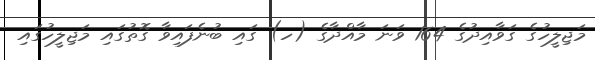
މަޖިލީހުގެ ގަވާއިދުގެ 164 ވަނަ މާއްދާގެ (ހ) ގައި ބުނެފައިވާ ގޮތުގައި މަޖިލީހުގައި